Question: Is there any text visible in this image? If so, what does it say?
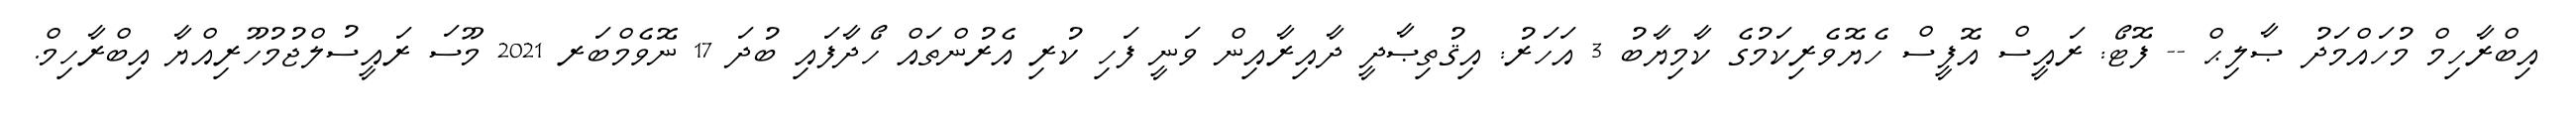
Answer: އިބްރާހިމް މުހައްމަދު ޞާލިޙް -- ފޮޓޯ: ރައީސް އޮފީސް ހެޔޮވެރިކަމުގެ ކާމިޔާބު 3 އަހަރު: އިޤުތިޞާދީ ދާއިރާއިން ވަނީ ފަހި ކުރި އެރުންތައް ހޯދާފައި ބުދަ 17 ނޮވެމްބަރ 2021 މޫސަ ރައީސުލްޖުމުހޫރިއްޔާ އިބްރާހިމް.